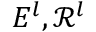
E ^ { l } , \mathcal { R } ^ { l }